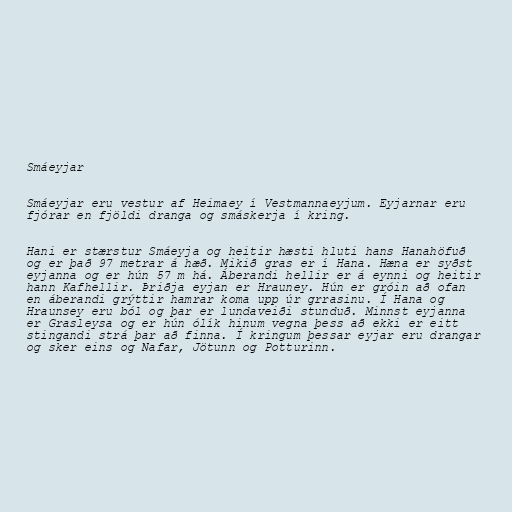
Smáeyjar

Smáeyjar eru vestur af Heimaey í Vestmannaeyjum. Eyjarnar eru
fjórar en fjöldi dranga og smáskerja í kring.

Hani er stærstur Smáeyja og heitir hæsti hluti hans Hanahöfuð
og er það 97 metrar á hæð. Mikið gras er í Hana. Hæna er syðst
eyjanna og er hún 57 m há. Áberandi hellir er á eynni og heitir
hann Kafhellir. Þriðja eyjan er Hrauney. Hún er gróin að ofan
en áberandi grýttir hamrar koma upp úr grrasinu. Í Hana og
Hraunsey eru ból og þar er lundaveiði stunduð. Minnst eyjanna
er Grasleysa og er hún ólík hinum vegna þess að ekki er eitt
stingandi strá þar að finna. Í kringum þessar eyjar eru drangar
og sker eins og Nafar, Jötunn og Potturinn.